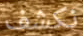
نكشف